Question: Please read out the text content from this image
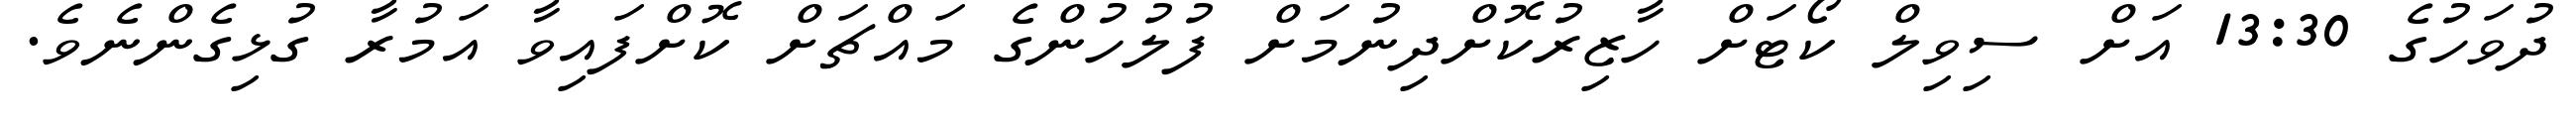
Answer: ދުވަހުގެ 13:30 އަށް ސިވިލް ކޯޓަށް ހާޒިރުކޮށްދިނުމަށް ފުލުހުންގެ މައްޗަށް ކޮށްފައިވާ އަމުރާ ގުޅިގެންނެވެ.